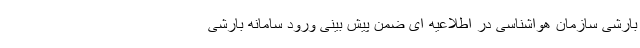
بارشی سازمان هواشناسی در اطلاعیه ای ضمن پیش بینی ورود سامانه بارشی